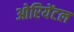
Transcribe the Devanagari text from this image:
ओरियेंटल